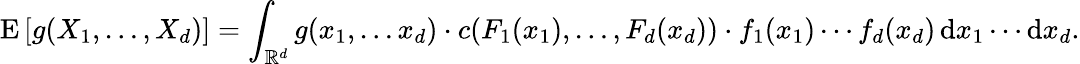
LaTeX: \operatorname{E}\left[g(X_{1},\dots,X_{d})\right]=\int_{\mathbb{R}^{d}}g(x_{1},\dots x_{d})\cdot c(F_{1}(x_{1}),\dots,F_{d}(x_{d}))\cdot f_{1}(x_{1})\cdots f_{d}(x_{d})\, \mathrm{d}x_{1}\cdots\mathrm{d}x_{d}.